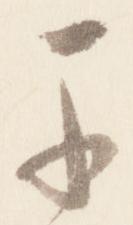
于